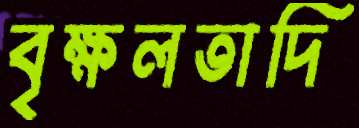
বৃক্ষলতাদি